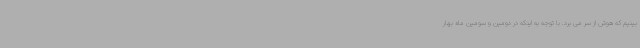
بینیم که هوش از سر می برد. با توجه به اینکه در دومین و سومین ماه بهار